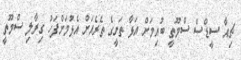
ޗިއާ ސީޑްސް ސްމޫތީ ބުއިމަށް އަޅާ ތަށީގެ ތެރެއަށް އެޅުމަށްފަހު ގިރާލި ސްމޫތީ